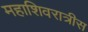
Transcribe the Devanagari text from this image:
महाशिवरात्रीस